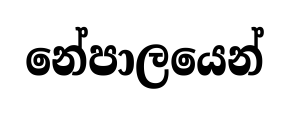
නේපාලයෙන්